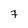
Character: 7